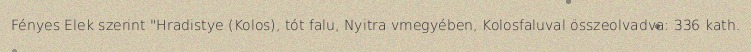
Fényes Elek szerint "Hradistye (Kolos), tót falu, Nyitra vmegyében, Kolosfaluval összeolvadva: 336 kath.